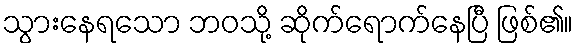
သွားနေရသော ဘဝသို့ ဆိုက်ရောက်နေပြီ ဖြစ်၏။